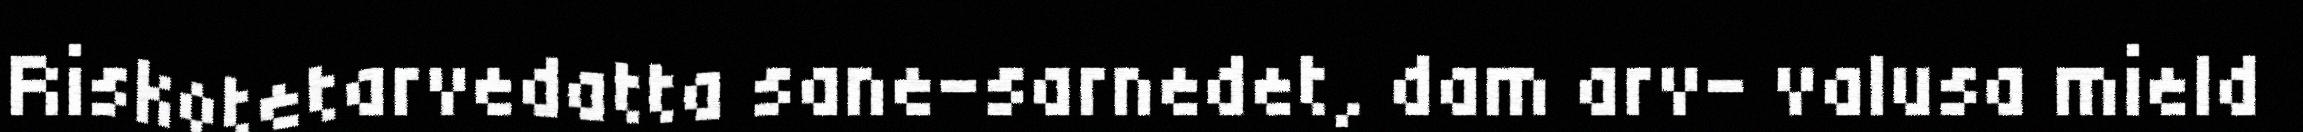
Riskotetarvedatta sane-sarnedet, dam arv- valusa mield